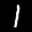
Label: 1